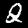
Digit: 2